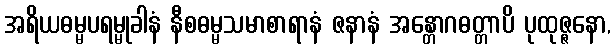
အရိယဓမ္မပရမ္မုခါနံ နီစဓမ္မသမာစာရာနံ ဇနာနံ အန္တောဂဓတ္တာပိ ပုထုဇ္ဇနော,